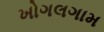
ખોગલગામ